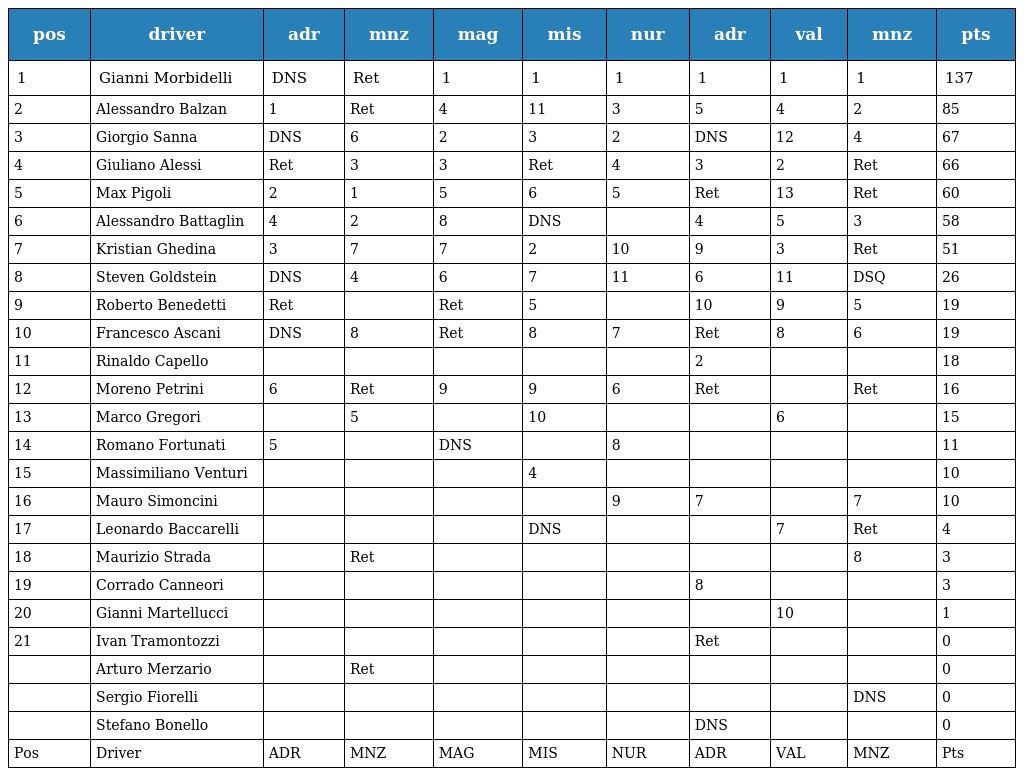
| pos | driver | adr | mnz | mag | mis | nur | adr | val | mnz | pts |
 | --- | --- | --- | --- | --- | --- | --- | --- | --- | --- | --- |
 | 1 | Gianni Morbidelli | DNS | Ret | 1 | 1 | 1 | 1 | 1 | 1 | 137 |
 | 2 | Alessandro Balzan | 1 | Ret | 4 | 11 | 3 | 5 | 4 | 2 | 85 |
 | 3 | Giorgio Sanna | DNS | 6 | 2 | 3 | 2 | DNS | 12 | 4 | 67 |
 | 4 | Giuliano Alessi | Ret | 3 | 3 | Ret | 4 | 3 | 2 | Ret | 66 |
 | 5 | Max Pigoli | 2 | 1 | 5 | 6 | 5 | Ret | 13 | Ret | 60 |
 | 6 | Alessandro Battaglin | 4 | 2 | 8 | DNS |  | 4 | 5 | 3 | 58 |
 | 7 | Kristian Ghedina | 3 | 7 | 7 | 2 | 10 | 9 | 3 | Ret | 51 |
 | 8 | Steven Goldstein | DNS | 4 | 6 | 7 | 11 | 6 | 11 | DSQ | 26 |
 | 9 | Roberto Benedetti | Ret |  | Ret | 5 |  | 10 | 9 | 5 | 19 |
 | 10 | Francesco Ascani | DNS | 8 | Ret | 8 | 7 | Ret | 8 | 6 | 19 |
 | 11 | Rinaldo Capello |  |  |  |  |  | 2 |  |  | 18 |
 | 12 | Moreno Petrini | 6 | Ret | 9 | 9 | 6 | Ret |  | Ret | 16 |
 | 13 | Marco Gregori |  | 5 |  | 10 |  |  | 6 |  | 15 |
 | 14 | Romano Fortunati | 5 |  | DNS |  | 8 |  |  |  | 11 |
 | 15 | Massimiliano Venturi |  |  |  | 4 |  |  |  |  | 10 |
 | 16 | Mauro Simoncini |  |  |  |  | 9 | 7 |  | 7 | 10 |
 | 17 | Leonardo Baccarelli |  |  |  | DNS |  |  | 7 | Ret | 4 |
 | 18 | Maurizio Strada |  | Ret |  |  |  |  |  | 8 | 3 |
 | 19 | Corrado Canneori |  |  |  |  |  | 8 |  |  | 3 |
 | 20 | Gianni Martellucci |  |  |  |  |  |  | 10 |  | 1 |
 | 21 | Ivan Tramontozzi |  |  |  |  |  | Ret |  |  | 0 |
 |  | Arturo Merzario |  | Ret |  |  |  |  |  |  | 0 |
 |  | Sergio Fiorelli |  |  |  |  |  |  |  | DNS | 0 |
 |  | Stefano Bonello |  |  |  |  |  | DNS |  |  | 0 |
 | Pos | Driver | ADR | MNZ | MAG | MIS | NUR | ADR | VAL | MNZ | Pts |